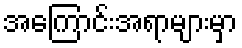
အကြောင်းအရာများမှာ